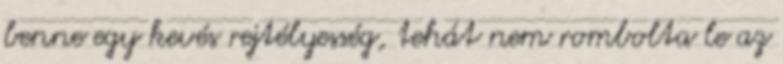
benne egy kevés rejtélyesség, tehát nem rombolta le az